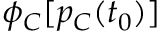
\phi _ { C } [ p _ { C } ( t _ { 0 } ) ]